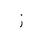
Letter: _zay